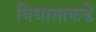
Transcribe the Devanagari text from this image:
विधानाकडे